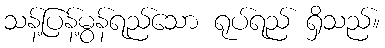
သန့်ပြန့်မွန်ရည်သော ရုပ်ရည် ရှိသည်။